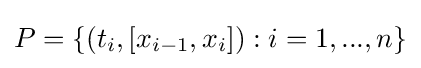
P=\{(t_{i},[x_{i-1},x_{i}]):i=1,...,n\}